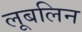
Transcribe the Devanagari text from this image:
लूबलिन